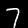
Label: 7